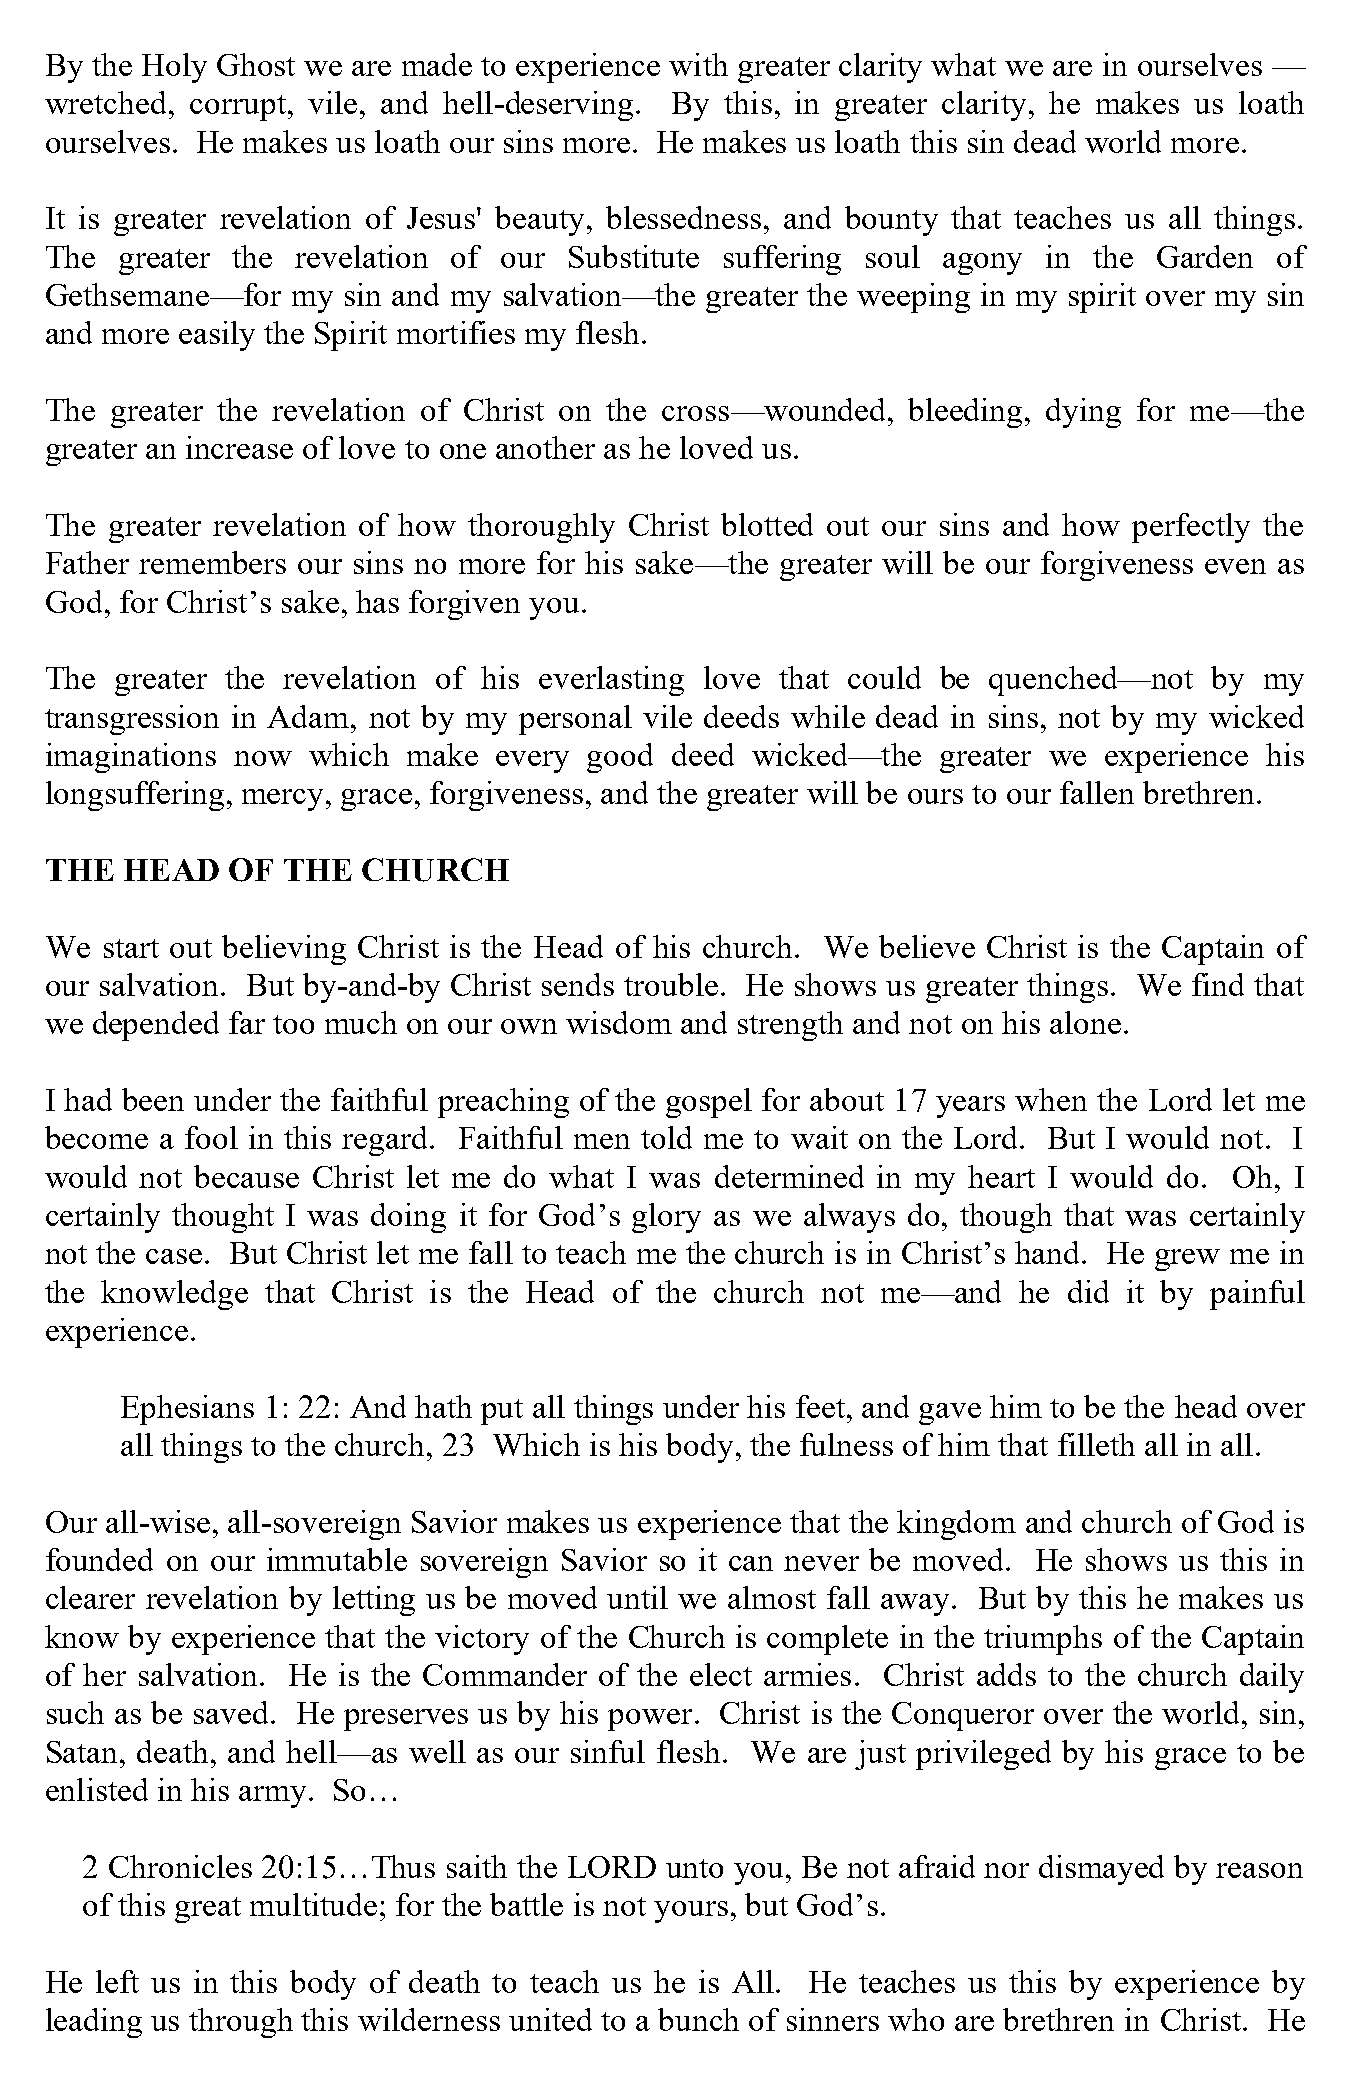
By the Holy Ghost we are made to experience with greater clarity what we are in ourselves —
 wretched, corrupt, vile, and hell-deserving. By this, in greater clarity, he makes us loath
 ourselves. He makes us loath our sins more. He makes us loath this sin dead world more.
 It is greater revelation of Jesus' beauty, blessedness, and bounty that teaches us all things.
 The  greater the revelation of our Substitute suffering soul agony in the Garden  of
 Gethsemane—for  my  sin and my salvation—the greater the weeping in my spirit over my sin
 and more easily the Spirit mortifies my flesh.
 The greater the revelation of Christ on the cross—wounded, bleeding, dying for me—the
 greater an increase of love to one another as he loved us.
 The greater revelation of how thoroughly Christ blotted out our sins and how perfectly the
 Father remembers our sins no more for his sake—the greater will be our forgiveness even as
 God, for Christ’s sake, has forgiven you.
 The  greater the revelation of his everlasting love that could be quenched—not by my
 transgression in Adam, not by my personal vile deeds while dead in sins, not by my wicked
 imaginations now which  make  every good deed  wicked—the  greater we experience his
 longsuffering, mercy, grace, forgiveness, and the greater will be ours to our fallen brethren.
 THE  HEAD   OF  THE  CHURCH
 We  start out believing Christ is the Head of his church. We believe Christ is the Captain of
 our salvation. But by-and-by Christ sends trouble. He shows us greater things. We find that
 we depended far too much on our own wisdom and strength and not on his alone.
 I had been under the faithful preaching of the gospel for about 17 years when the Lord let me
 become  a fool in this regard. Faithful men told me to wait on the Lord. But I would not. I
 would not because Christ let me do what I was determined in my heart I would do. Oh, I
 certainly thought I was doing it for God’s glory as we always do, though that was certainly
 not the case. But Christ let me fall to teach me the church is in Christ’s hand. He grew me in
 the knowledge  that Christ is the Head of the church not me—and he  did it by painful
 experience.
 Ephesians 1: 22: And hath put all things under his feet, and gave him to be the head over
 all things to the church, 23 Which is his body, the fulness of him that filleth all in all.
 Our all-wise, all-sovereign Savior makes us experience that the kingdom and church of God is
 founded on our immutable sovereign Savior so it can never be moved. He shows us this in
 clearer revelation by letting us be moved until we almost fall away. But by this he makes us
 know  by experience that the victory of the Church is complete in the triumphs of the Captain
 of her salvation. He is the Commander of the elect armies. Christ adds to the church daily
 such as be saved. He preserves us by his power. Christ is the Conqueror over the world, sin,
 Satan, death, and hell—as well as our sinful flesh. We are just privileged by his grace to be
 enlisted in his army. So…
 2 Chronicles 20:15…Thus  saith the LORD unto you, Be not afraid nor dismayed by reason
 of this great multitude; for the battle is not yours, but God’s.
 He left us in this body of death to teach us he is All. He teaches us this by experience by
 leading us through this wilderness united to a bunch of sinners who are brethren in Christ. He